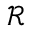
\textstyle { \mathcal { R } }